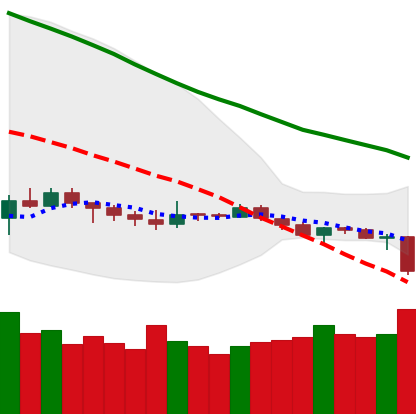
Ticker: ETH-USD
Chart end date: 2019-12-16
Forward return: -4.104%
Label: down_3_5